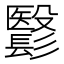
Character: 𩮵